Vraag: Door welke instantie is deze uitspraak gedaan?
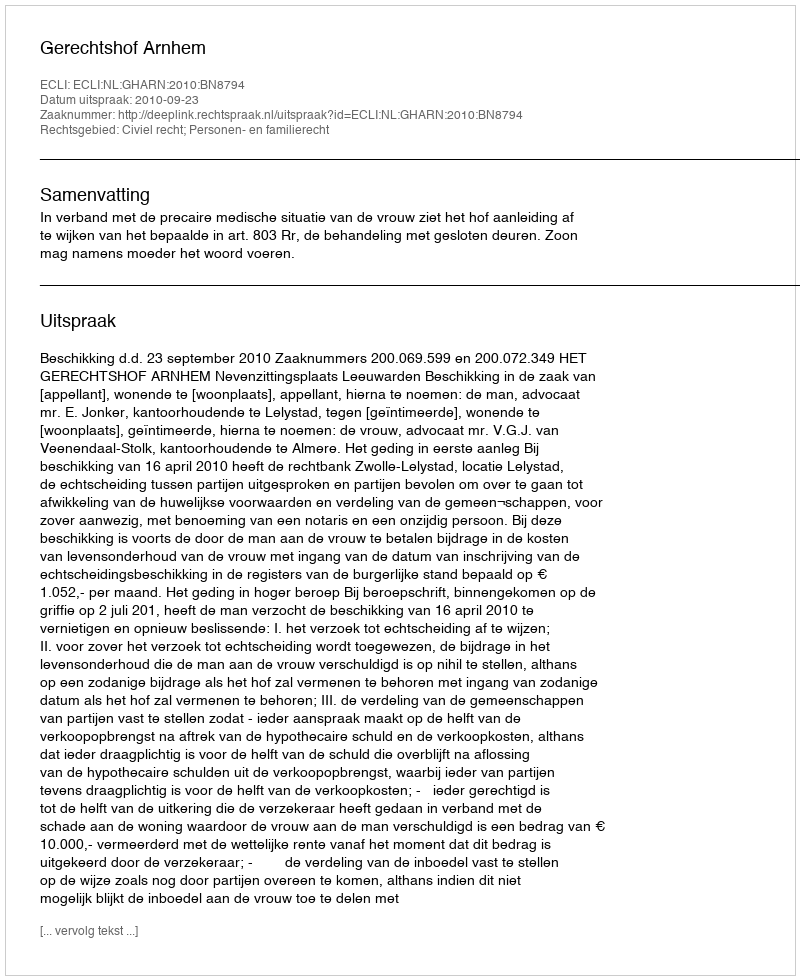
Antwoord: Gerechtshof Arnhem